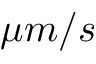
\mu m / s